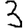
Digit: 3